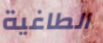
الطاغية